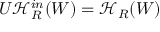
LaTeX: U \mathcal { H } _ { R } ^ { i n } ( W ) = \mathcal { H } _ { R } ( W )